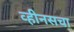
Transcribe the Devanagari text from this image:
व्हीनसचा